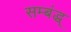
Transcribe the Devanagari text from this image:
सम्बंद्ध्